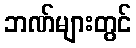
ဘဏ်များတွင်